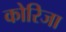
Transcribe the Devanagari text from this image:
कोरिजा